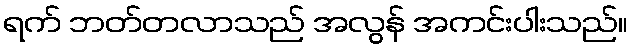
ရက် ဘတ်တလာသည် အလွန် အကင်းပါးသည်။